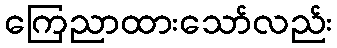
ကြေညာထားသော်လည်း